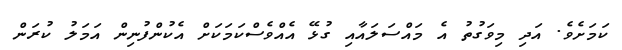
ކަމަށެވެ. އަދި މިވަގުތު އެ މައްސަލައާއި ގުޅޭ އެއްވެސްކަމަކަށް އެކުންފުނިން އަމަލު ކުރަން